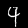
Digit: 4